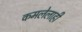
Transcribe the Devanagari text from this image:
कमलेलाही